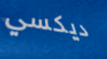
ديكسي